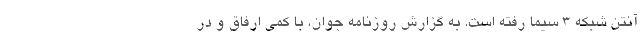
آنتن شبکه ۳ سیما رفته است. به گزارش روزنامه جوان، با کمی ارفاق و در